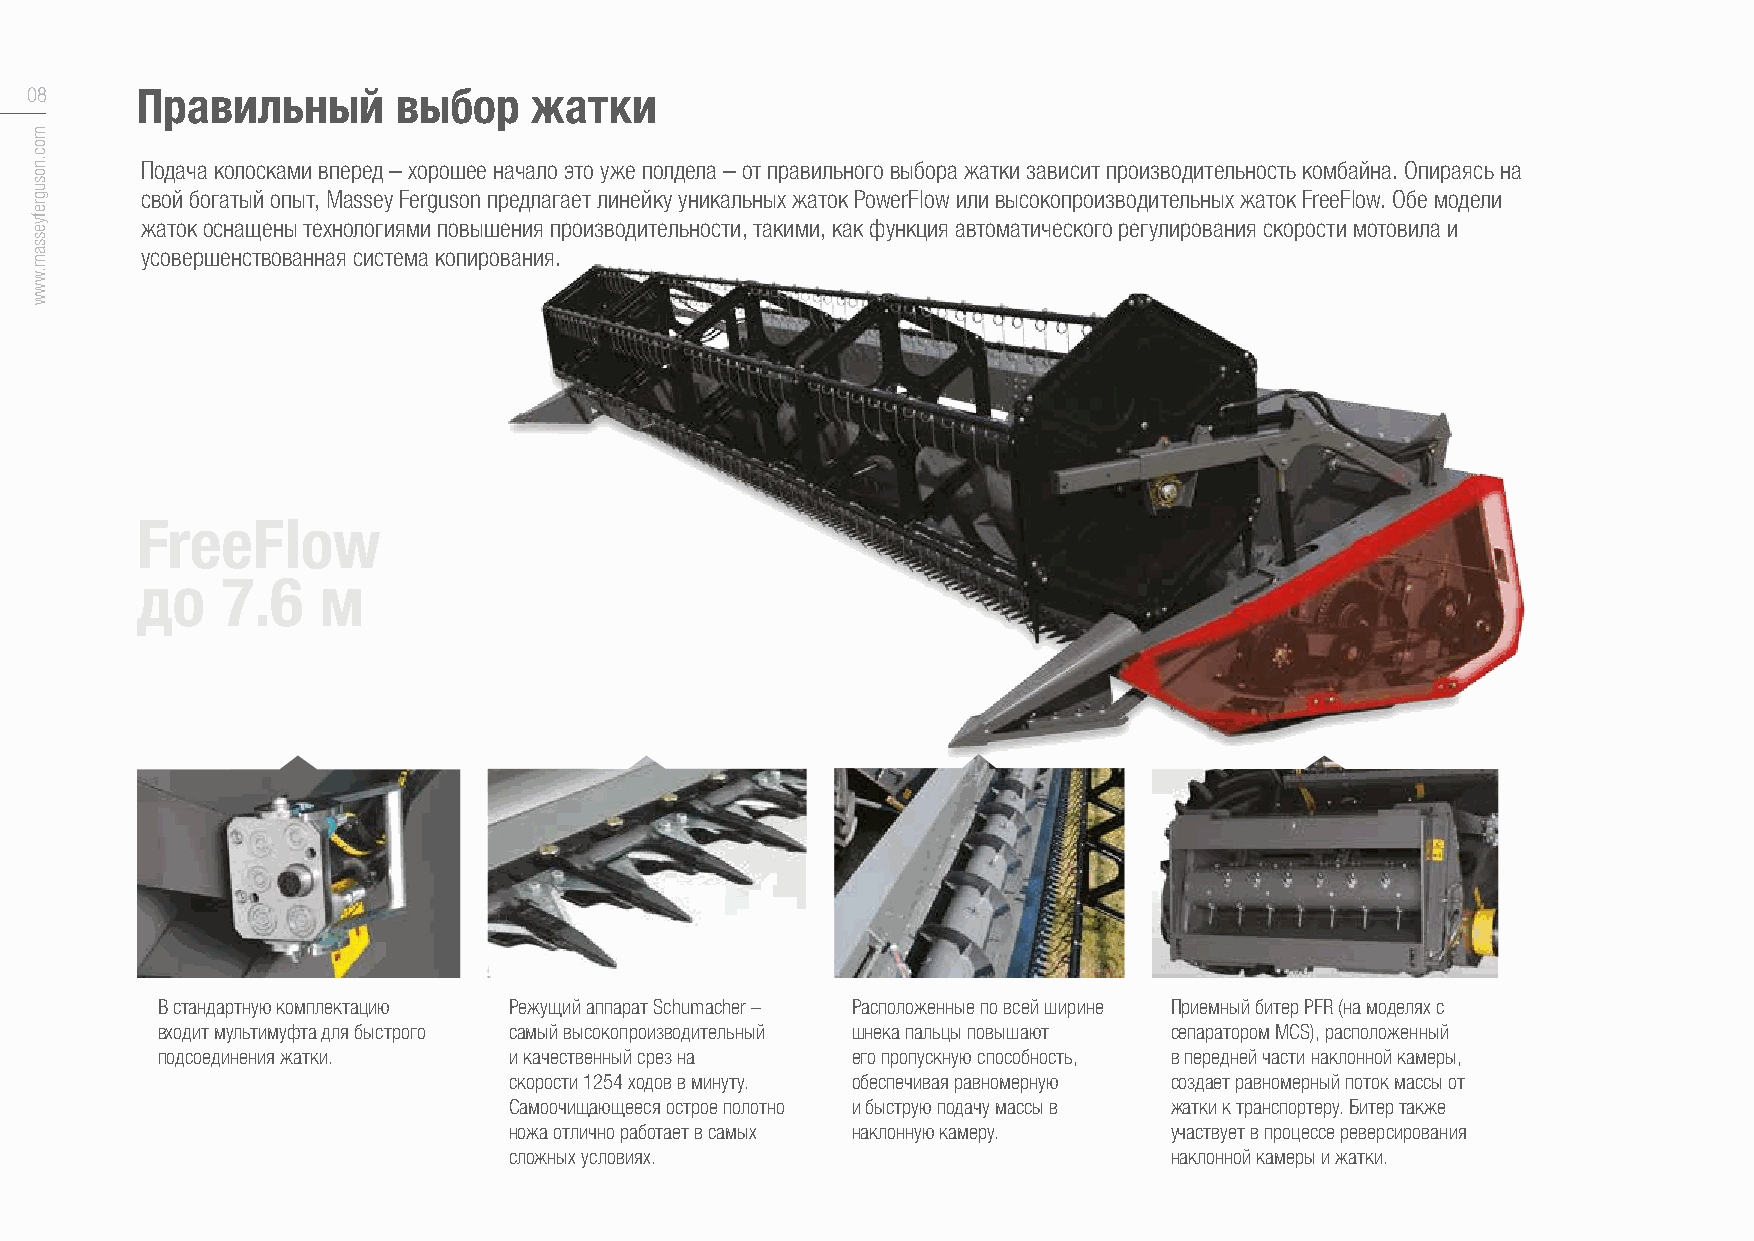
08     Правильный       выбор    жатки
 Подача колосками вперед – хорошее начало это уже полдела – от правильного выбора жатки зависит производительность комбайна. Опираясь на
 свой богатый опыт, Massey Ferguson предлагает линейку уникальных жаток PowerFlow или высокопроизводительных жаток FreeFlow. Обе модели
 жаток оснащены технологиями повышения производительности, такими, как функция автоматического регулирования скорости мотовила и
 усовершенствованная система копирования.
 FreeFlow
 до    7.6   м
 В стандартную комплектацию Режущий аппарат Schumacher – Расположенные по всей ширине Приемный битер PFR (на моделях с
 входит мультимуфта для быстрого самый высокопроизводительный шнека пальцы повышают сепаратором MCS), расположенный
 подсоединения жатки.    и качественный срез на его пропускную способность, в передней части наклонной камеры,
 скорости 1254 ходов в минуту. обеспечивая равномерную создает равномерный поток массы от
 Самоочищающееся острое полотно и быструю подачу массы в жатки к транспортеру. Битер также
 ножа отлично работает в самых наклонную камеру. участвует в процессе реверсирования
 сложных условиях.                          наклонной камеры и жатки.
 moc.nosugrefyessam.www